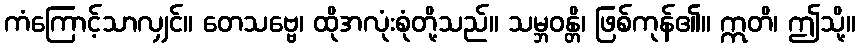
ကံကြောင့်သာလျှင်။ တေသဗ္ဗေ၊ ထိုအလုံးစုံတို့သည်။ သမ္ဘဝန္တိ၊ ဖြစ်ကုန်၏။ ဣတိ၊ ဤသို့။